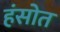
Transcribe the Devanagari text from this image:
हंसोत